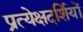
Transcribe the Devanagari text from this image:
प्रत्येक्षदर्शियों